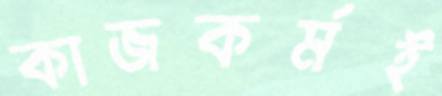
কাজকর্মই